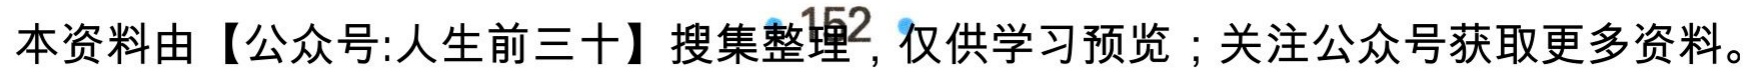
本资料由【公众号:人生前三十】搜集整理，仅供学习预览；关注公众号获取更多资料。